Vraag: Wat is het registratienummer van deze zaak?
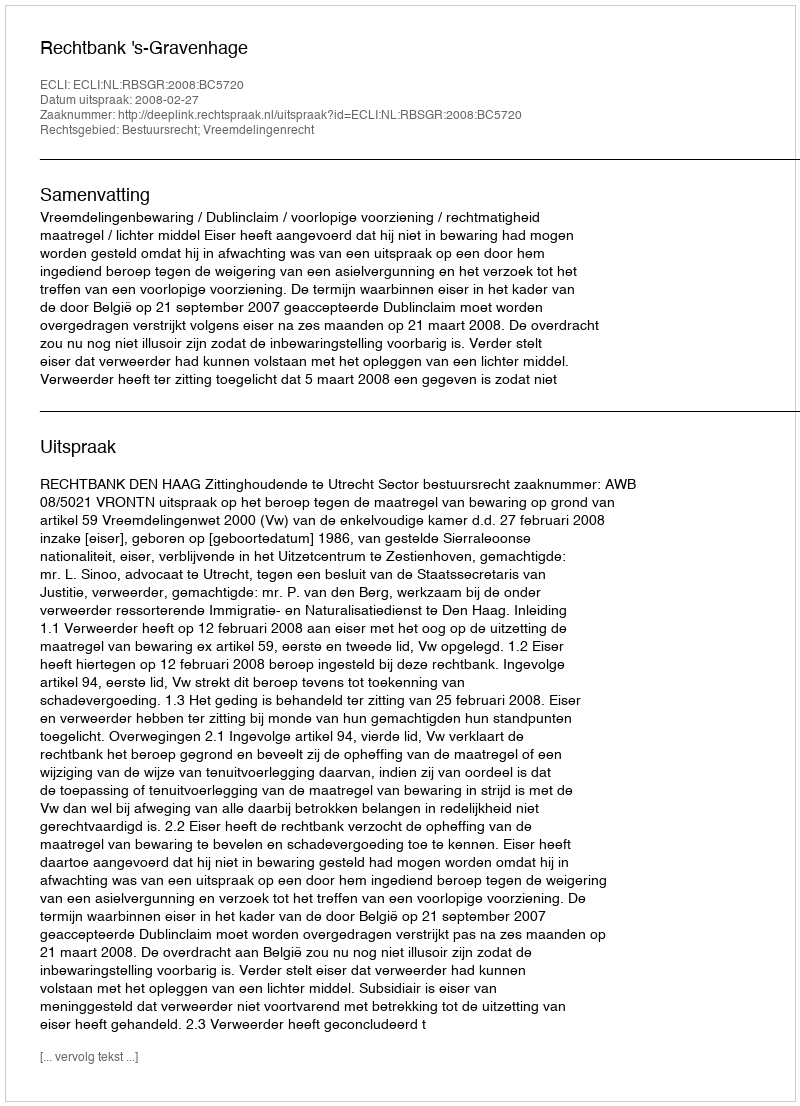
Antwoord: http://deeplink.rechtspraak.nl/uitspraak?id=ECLI:NL:RBSGR:2008:BC5720